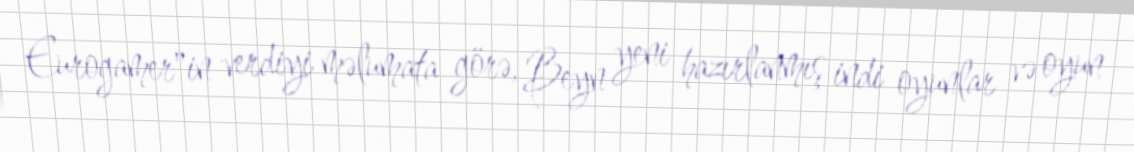
Eurogamer"in verdiyi məlumata görə, Beyn yeni hazırlanmış indi oyunlar və oyun